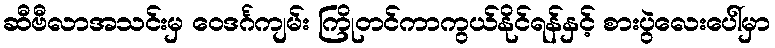
ဆီဗီလာအသင်းမှ ဝေဒင်္ဂကျမ်း ကြိုတင်ကာကွယ်နိုင်ရန်နှင့် စားပွဲလေးပေါ်မှာ